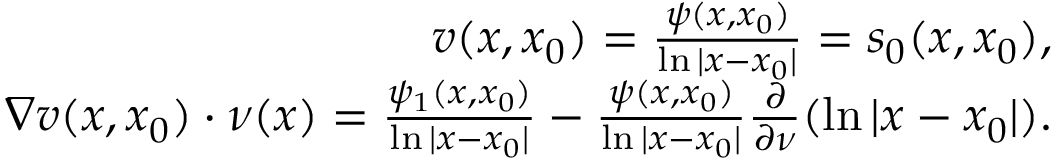
\begin{array} { r l r } & { } & { v ( x , x _ { 0 } ) = \frac { \psi ( x , x _ { 0 } ) } { \ln { | x - x _ { 0 } | } } = s _ { 0 } ( x , x _ { 0 } ) , } \\ & { } & { \nabla { v ( x , x _ { 0 } ) } \cdot \nu ( x ) = \frac { \psi _ { 1 } ( x , x _ { 0 } ) } { \ln { | x - x _ { 0 } | } } - \frac { \psi ( x , x _ { 0 } ) } { \ln { | x - x _ { 0 } | } } \frac { \partial } { \partial \nu } ( \ln { | x - x _ { 0 } | } ) . } \end{array}